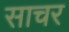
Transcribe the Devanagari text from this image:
साचर